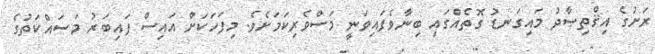
ރަށުގެ އިޤްތިޞާދު މައިގަނޑު ގޮތެއްގައި ބިނާވެފައިވަނީ މަސްވެރިކަމަށެވެ. މިފަހަކަށް އައިސް ފައިބަރު މަސައްކަތުގެ